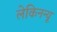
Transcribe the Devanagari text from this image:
लेकिनन्यू